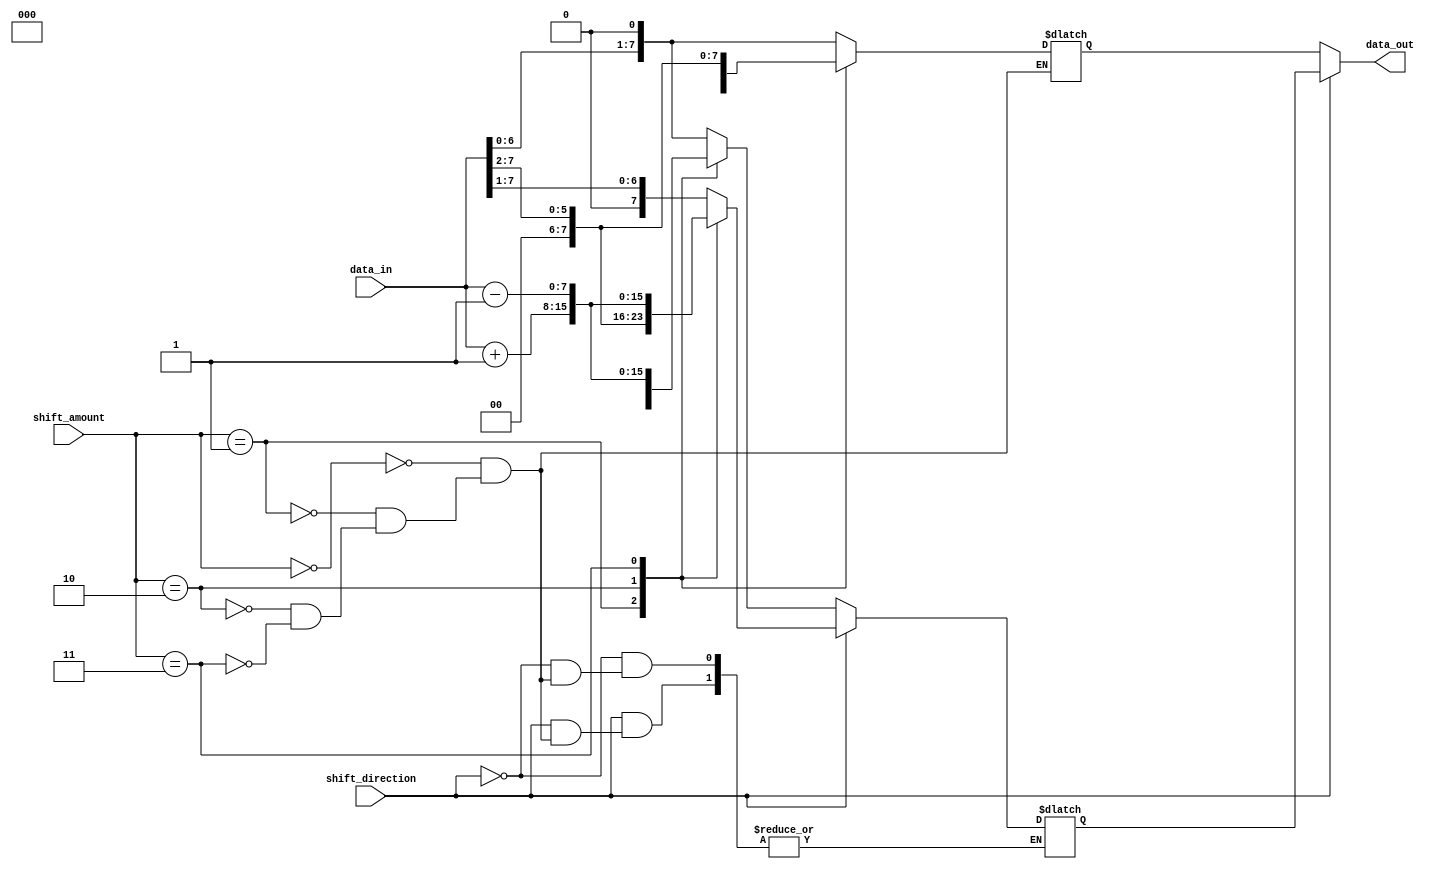
module HybridBarrelShifter (
    input [7:0] data_in,
    input [2:0] shift_amount,
    input shift_direction,
    output reg [7:0] data_out
);

reg [7:0] barrel_shifted_data;
reg [7:0] arithmetic_result;

always @ (data_in or shift_amount or shift_direction) begin
    if (shift_direction) begin // Arithmetic shift right
        case(shift_amount)
            3'd0: arithmetic_result = data_in >> 1; // Division by 2
            3'd1: arithmetic_result = data_in >> 2; // Division by 4
            3'd2: arithmetic_result = data_in + 1; // Addition
            3'd3: arithmetic_result = data_in - 1; // Subtraction
            // Add more arithmetic operations as needed
        endcase
    end else begin // Arithmetic shift left
        case(shift_amount)
            3'd0: arithmetic_result = data_in << 1; // Multiplication by 2
            3'd1: arithmetic_result = data_in << 2; // Multiplication by 4
            3'd2: arithmetic_result = data_in + 1; // Addition
            3'd3: arithmetic_result = data_in - 1; // Subtraction
            // Add more arithmetic operations as needed
        endcase
    end
end

always @ (arithmetic_result or shift_amount) begin
    case(shift_amount)
        3'd0: barrel_shifted_data = data_in << 1; // Barrel shift left by 1
        3'd1: barrel_shifted_data = data_in << 2; // Barrel shift left by 2
        3'd2: barrel_shifted_data = data_in >> 1; // Barrel shift right by 1
        3'd3: barrel_shifted_data = data_in >> 2; // Barrel shift right by 2
        // Add more barrel shifting operations as needed
    endcase
end

always @ (barrel_shifted_data, arithmetic_result) begin
    data_out = (shift_direction) ? arithmetic_result : barrel_shifted_data;
end

endmodule